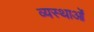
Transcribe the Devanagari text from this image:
व्यस्थाओं